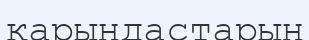
қарындастарын